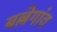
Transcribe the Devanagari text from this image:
बल्लेगांव